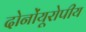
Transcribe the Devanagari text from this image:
दोनोंयूरोपीय